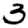
Digit: 3